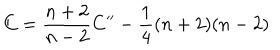
C = \frac { n + 2 } { n - 2 } C ^ { \prime \prime } - \frac { 1 } { 4 } ( n + 2 ) ( n - 2 )